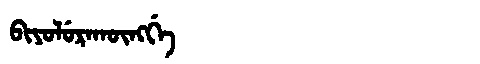
Manchu: ᠪᡳᠶᠣᠯᡠᡵᠠᡴᡡᠩᡤᡝ
Romanization: BIYOLURAKŪNGGE